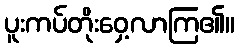
ပူးကပ်တိုးဝှေ့လာကြ၏။